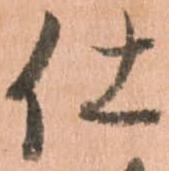
仕